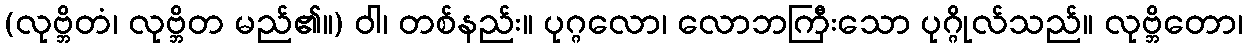
(လုဗ္ဘိတံ၊ လုဗ္ဘိတ မည်၏။) ဝါ၊ တစ်နည်း။ ပုဂ္ဂလော၊ လောဘကြီးသော ပုဂ္ဂိုလ်သည်။ လုဗ္ဘိတော၊